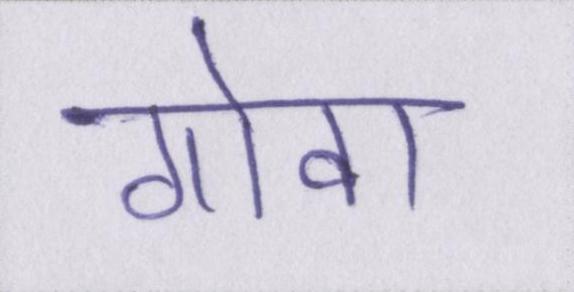
गोवा